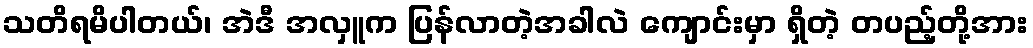
သတိရမိပါတယ်၊ အဲဒီ အလှူက ပြန်လာတဲ့အခါလဲ ကျောင်းမှာ ရှိတဲ့ တပည့်တို့အား